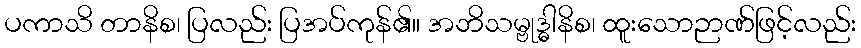
ပကာသိ တာနိစ၊ ပြလည်း ပြအပ်ကုန်၏။ အဘိသမ္ဗုဒ္ဓါနိစ၊ ထူးသောဉာဏ်ဖြင့်လည်း